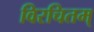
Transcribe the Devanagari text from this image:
विरचितम्